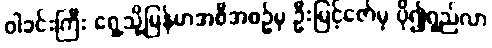
ဝါခင်းကြီး ရှေ့သို့မြန်မာအစီအစဉ်မှ ဦးမြင့်ဇော်မှ ပို၍ရှည်လာ